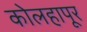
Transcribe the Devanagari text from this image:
कोलहापूर